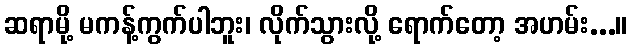
ဆရာမို့ မကန့်ကွက်ပါဘူး၊ လိုက်သွားလို့ ရောက်တော့ အဟမ်း...။